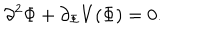
LaTeX: \partial ^ { 2 } \Phi + \partial _ { \Phi } V ( \Phi ) = 0 .